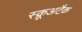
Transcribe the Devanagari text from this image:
स्क्रूअटैक